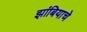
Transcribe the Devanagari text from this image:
झांबियाचे